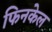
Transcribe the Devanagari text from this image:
फिनकेल